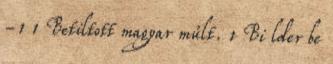
-1 1 Betiltott magyar múlt. 1 Bi lder be